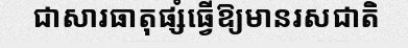
ជាសារធាតុផ្សំធ្វើឱ្យមានរសជាតិ